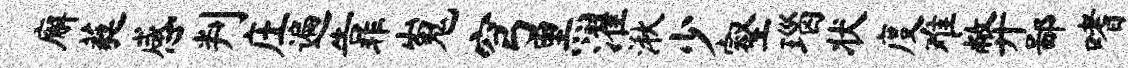
廨蕤感判庄遍靠嵬穹黑濯湫少壑瑙状度难弊鄙嗜